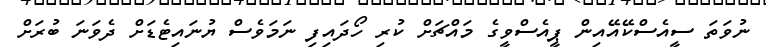
ނުވަތަ ސީއެސްކޭއޭއިން ޕީއެސްވީގެ މައްޗަށް ކުރި ހޯދައިފި ނަމަވެސް ޔުނައިޓެޑަށް ދެވަނަ ބުރަށް